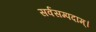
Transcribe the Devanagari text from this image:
सर्वसम्पदाम्‌।